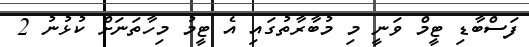
ފަސްބާޑި ޓީމް ވަނީ މި މުބާރާތުގައި އެ ޓީމު މިހާތަނަށް ކުޅުނު 2